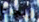
ريجينا